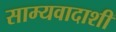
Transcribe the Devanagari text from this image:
साम्यवादाशी